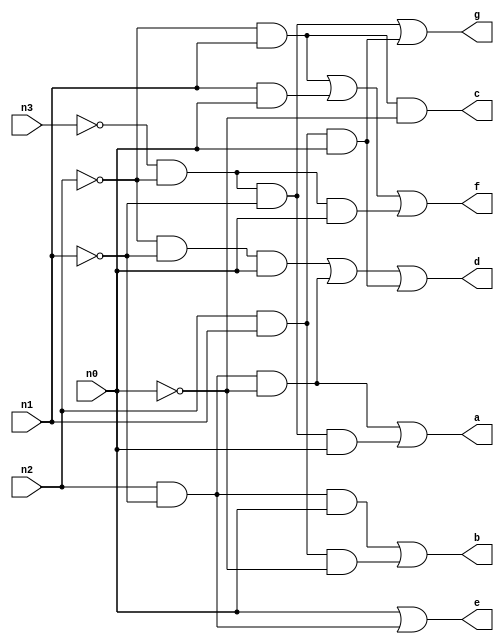
module segdriver_PASSCODE(n3,n2,n1,n0,a,b,c,d,e,f,g);
input n3,n2,n1,n0;
output a,b,c,d,e,f,g;

assign a = n2&~n1&~n0 | ~n3&~n2&~n1&n0;
assign b = n2&~n1&n0 | n2&n1&~n0;
assign c = ~n2&n1&~n0;
assign d = ~n2&~n1&n0 | n2&~n1&~n0 | n2&n1&n0;
assign e = n0 | n2&~n1;
assign f = ~n2&n1 | n1&n0 | ~n3&~n2&n0;
assign g = ~n3&~n2&~n1 | n2&n1&n0;

endmodule